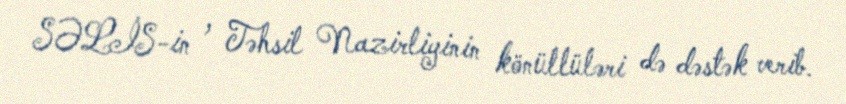
SƏLİS-in , Təhsil Nazirliyinin könüllüləri də dəstək verib.